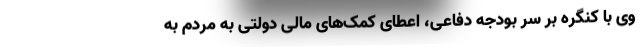
وی با کنگره بر سر بودجه دفاعی، اعطای کمک‌های مالی دولتی به مردم به